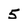
Character: 5